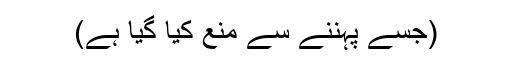
(جسے پہننے سے منع کیا گیا ہے)